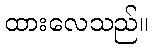
ထားလေသည်။